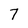
Character: 7